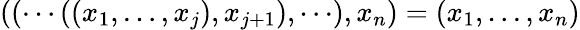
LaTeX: ((\cdots((x_{1},\dots,x_{j}),x_{j+1}),\cdots),x_{n})=(x_{1},\dots,x_{n})